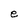
Character: e